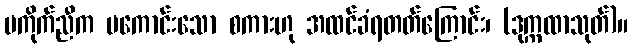
မကိုက်ညီက မကောင်းသော စကားဟု အထင်ခံရတတ်ကြောင်း၊ (ဒုက္ကထာသုတ်)။